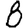
Digit: 8